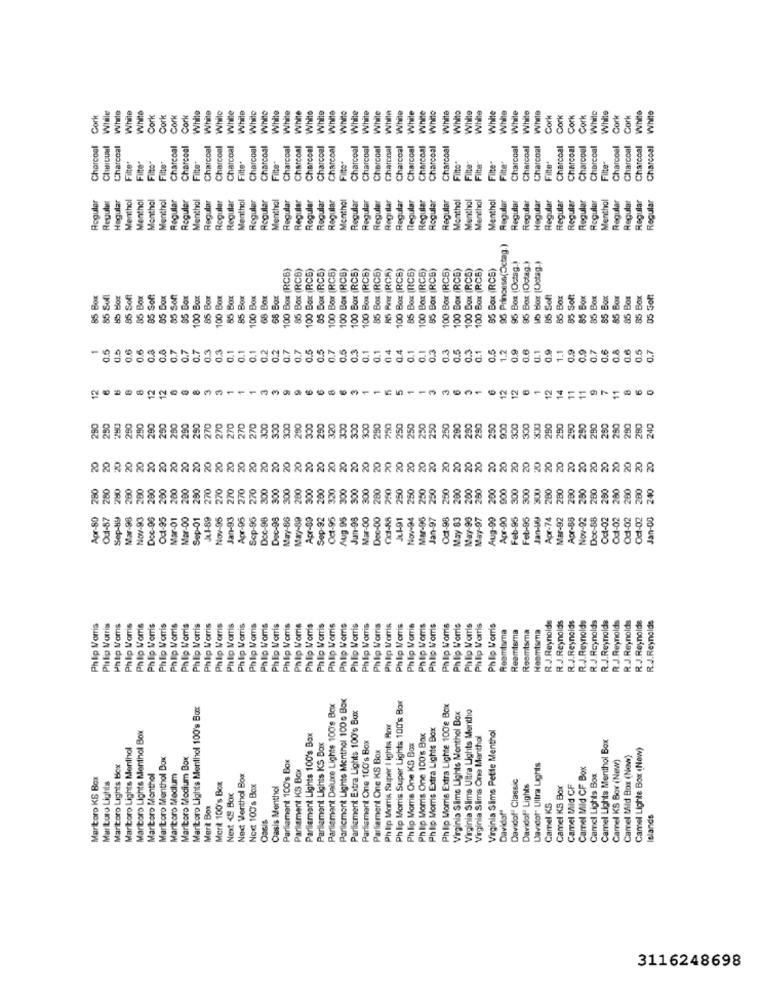
While
White
White
White
White
While
While
White
While
While
While
While
While
Whito
Cork
Nimle
While
Whine
Cork
Cork
Cork
Cork
While
White
White
While
While
While
While
While
White
While
While
Cork
Cork
Cork
Cork
While
White
Cork
Cork
White
Charcoal
Charcoal
Charcoal
Charcoal
Charcoal
Charcoal
Charcoal
Charcoal
Charcoal
Charcoal
Charcoal
Charcoal
Charcoal
Charcoal
Charcoal
Charcoal
Charcoal
Charonal
Charcoal
Charcoal
Charcoal
Charcoal
Charcoal
Charcoal
Charcoal
Charcoal
Charcoal
Charcoal
Charcoal
Charcca
Charcoal
Charcoal
Charcoal
Charcoal
Filter
Filto"
Fitto"
Filter
Filter
Filte"
Filte
Filte
Filter
Filte"
Filte*
Fitto"
Filte+
Fille"
Roguler
Menthol
Menthol
Monthol
Menthol
Regular
Regular
Menthol
Regular
Regular
Menthol
Regular
Regular
Menthol
Regular
Regular
Regular
Regular
Regular
Monthal
Regular
Regular
Regular
Registar
Regular
Regular
Regular
Regular
Regular
Monthal
Menthol
Menthol
Menthal
Regular
Regular
Regular
Regular
Regular
Regular
Regular
Regular
Regular
Menthol
Regular
Regular
Regular
Regular
Regul
Łogula
Regular
95 Princess(Octag.)
95 Box (Octag.)
85 Box (Octag.)
ub Bor (Uctag.)
100 Box (RCB)
85 Box (RCB)
100 Box (RCS)
95 Box (RC5)
100 Box (RCB)
100 Box (RCB)
100 Box (RCB)
100 Box (RCB)
85 Box (RC6)
RS POE (RCA)
100 Box (RCB)
85 Box (RCB)
100 Box (RCB)
95 Box (RCS)
100 Box (RCB)
100 Box (RCE)
100 Box (RCS)
100 Box (RCB)
85 Box (RCS)
15 Sof
85 Box
85 Soft
Box
85 Sont
05 Box
100 Box
85 Box
100 Box
85 Box
100 Box
68 Box
68 Box
85 Soft
85 Box
85 Soft
85 Box
Box
$5 Box
85 Box
85 Box
Box
05 Soft
85 E
0.6
0.6
0,8
0.8
0.7
0.7
0.3
0.3
0.1
0.1
0.1
0.2
0.2
0.7
0.7
0.5
0.5
0.5
0.3
0.1
0.1
04
0.4
0.1
0.3
0.3
0.5
0.3
0.1
0.5
1.2
0.9
0.6
0.1
0.9
1.1
0,9
0.9
0.6
0.8
0.6
0.5
0.7
0.7
0.1
0.7
12
12
12
-
270
290
250
290
290
250
290
290
270
270
270
270
300
300
300
290
320
300
300
290
250
250
250
250
250
250
290
250
280
250
900
300
300
290
290
290
280
250
290
240
OCE
CCC
20
20
20
20
200
280
200
200
200
200
200
270
Nov-95 270
270
270
Scp-95 270
300
300
300
280
300
200
320
300
300
300
280
250
250
250
250
250
250
200
200
280
200
900
300
300
300
280
280
280
280
200
200
280
280
Apr-80
Oul-87
Sep-By
Mar-98
Nov-93
Doc-96
Oct-95
Mar-01
Mar-00
Sep-01
Jul-89
Jan-93
Apr-95
Doc-98
Doc-98
May-86
May-89
Apr-89
Sep-92
Oct-95
Aug 95
Jun-98
Mar-00
Dec-00
0c-88
Ju1-91
Nov-94
Mar-95
Jan-97
Oct-98
May 83
May-96
May-97
Aug-99
Apr-90
Feb-95
Feb-95
Jan-99
Apr-74
Mar-92
Apr-88
Nov-92
Doc-88
Oct-02
Odf-02
Oct-02
Oct-02
Jan-00
R.J.Reynolds
R.J.Reynolds
R.J.Reynolds
R.J.Reynolds
R .J.Reynolds
R.J.Reynolds
R.J.Reynolds
Philip Morris
Philip Morris
Philip Moms
Philip Morris
Philip Morris
Philip Morris
Phillip Morris
Philip Morris
Philip Morris
Philip Morris
Philip Morris
Philip Morris
Philip Morris
Philip Morris
Philip Morris
Philip Moms
Philip Morris
Philip Morris
Philip Morris
Philip Morris
Phillip Morris
Philip Morris
Philip Morris
Philip Morris
Philip Morris
Philip Morris
Philip Morris
Philip Morris
Philip Moms
Philip Morris
Philip Morris
Philip Morris
Philip Morris
Philip Morris
Philip Morris
Philip Morris
Reamtsma
Reemtsma
Reemtsma
Hoemisma
R.J.Reynolds
R.J.Reynolds
R.J.Reynolds
Particment Lights Menthol 100g Box
Philip Morris Super Lights 100's Box
Maritoro Lights Menthol 100's Box
Parliament Deluxe Lights 100's Box
Parliament Extra Lights 100's Box
Philip Morris Extra Lighte 100'e Box
Virginia Slime Lights Monthol Box
Virginia Sims Ultra Lights Mentho
Maricoro Lights Menthol Box
Philip Morris Super I ights Ror
Philip Morris Extra Lights Box
Virginia Slims Pette Menthol
Parliament Lights 100's Box
Parliament Lights KS Box
Philip Morris One 100's Box
Virginia Slims One Menthol
Camel Lights Menthol Box
Marlboro Lights Menthol
Parliament One 100's Box
Parliament One KS Box
Philip Morris One KS Box
Camel Lighte Box (New)
Marlboro Menthol Box
Maritoro Modium Box
Parliament 100's Box
Camel KS Box (New)
Camel Mid Box (New)
Maritoro Lights Box
Davidot" Ultra Lights
Camel Mild CF Box
Maritoro KS Box
Marlboro Monthol
Maricoro Medium
Next Venthol Box
Parliament KS Box
Davidof" Classic
Camel Lights Box
Marturo Lights
Merit 100's Box
Next 100's Box
Oasis Menthol
Davidof Lights
Camel KS Box
Camel MId CF
Next 4S Box
Mert Box
Davidof"
Camel KS
Oasis
Islands
3116248698